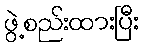
ဖွဲ့စည်းထားပြီး